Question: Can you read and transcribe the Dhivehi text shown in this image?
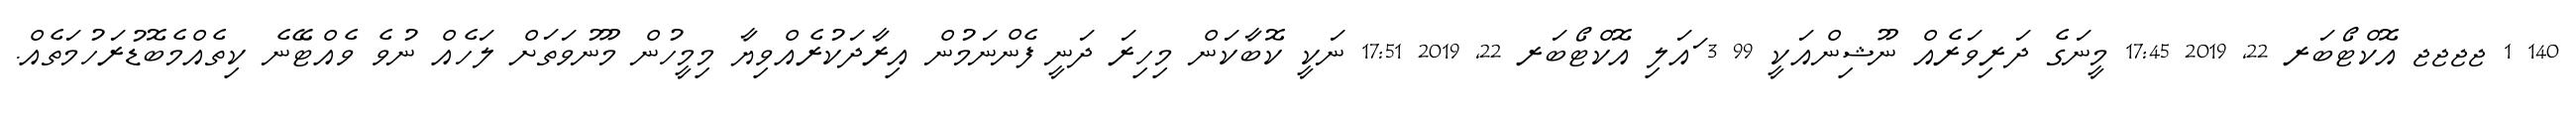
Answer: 140 1 ޖޖޖޖ އޮކްޓޯބަރ 22, 2019 17:45 މީނަގެ ދަރިވަރެއް ނޫޝިންއަކީ 99 3 ައަލި އޮކްޓޯބަރ 22, 2019 17:51 ނަކީ ކޮބާކަން މިހިރަ ދަނީ ފެންނަމުން އިރާދަކުރެއްވިޔާ މިމީހުން މޫނުވަތަށް ލަހެއް ނުވެ ވެއްޓޭނެ ކިތެއްމެބޮޑުރަހުމަތެއް.